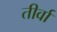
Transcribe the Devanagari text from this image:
तीर्वा